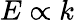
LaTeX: E\propto k